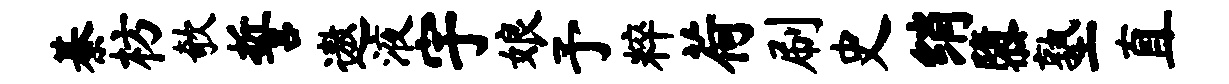
綦枋欹誓遨液宇娘予粹荷刷史绡隳塾直